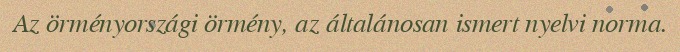
Az örményországi örmény, az általánosan ismert nyelvi norma.